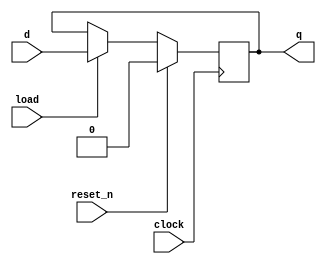
module flipflop(clock, d, load, reset_n, q);
	input clock; 
	input d;
	input reset_n, load;
	output reg q;

	always @(posedge clock)
	begin
		if (reset_n == 1'b1)
			q <= 0;
		else if (load == 1'b1)
			q <= d;
	end
endmodule